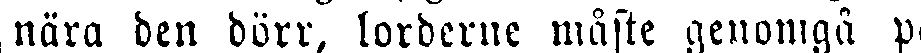
nära den dörr, lorderne måste genomgå på